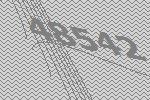
48542